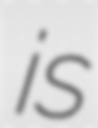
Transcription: is